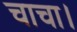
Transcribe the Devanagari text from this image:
चाचा।